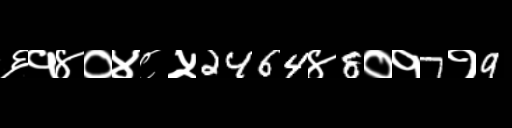
Text: ६१४०४८५2464४8०१7१9